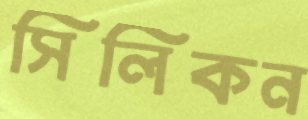
সিলিকন